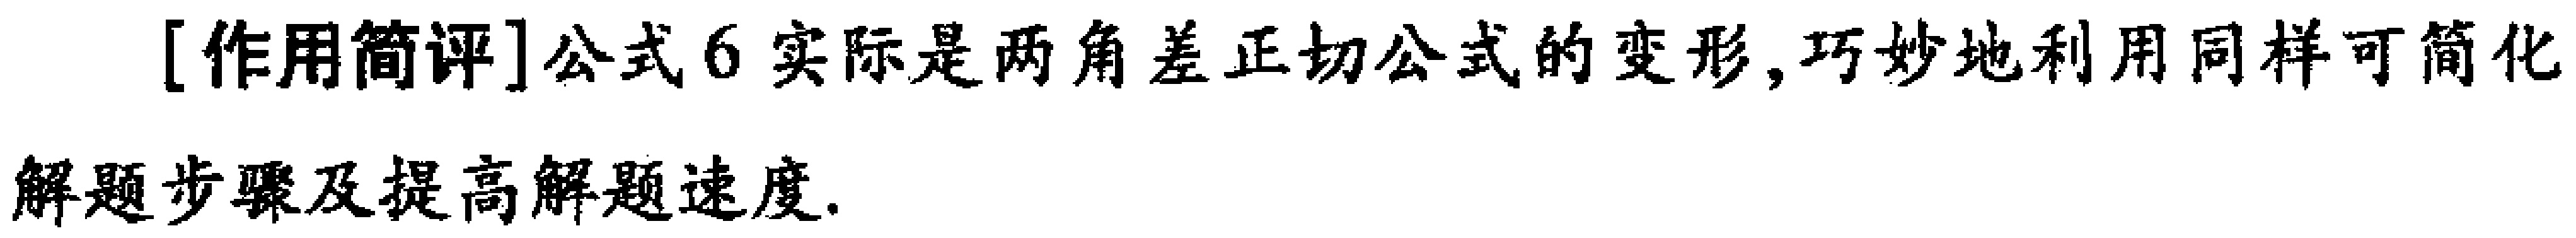
[作用简评]公式6实际是两角差正切公式的变形,巧妙地利用同样可简化
解题步骤及提高解题速度.